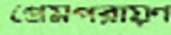
প্রেমপরায়ণ